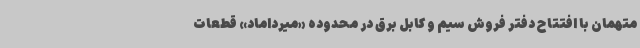
متهمان با افتتاح دفتر فروش سیم و کابل برق در محدوده «میرداماد» قطعات